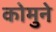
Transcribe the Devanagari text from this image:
कोमुने